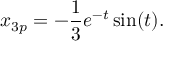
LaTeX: x _ { 3 p } = - { \frac { 1 } { 3 } } e ^ { - t } \sin ( t ) .